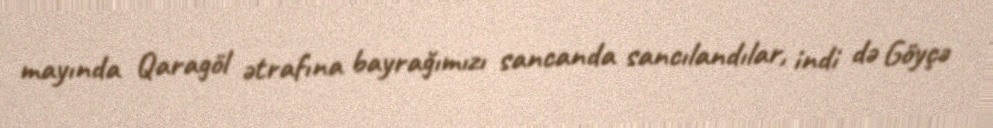
mayında Qaragöl ətrafına bayrağımızı sancanda sancılandılar, indi də Göyçə